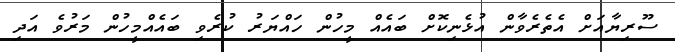
ސޫރިޔާއަށް އެތެރެވާން އުޅެނިކޮށް ބައެއް މީހުން ހައްޔަރު ކުރެވި ބައެއްމީހުން މަރުވެ އަދި